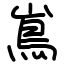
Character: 嶌